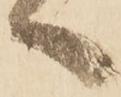
へ